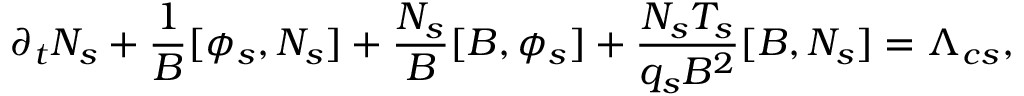
\partial _ { t } N _ { s } + \frac { 1 } { B } [ \phi _ { s } , N _ { s } ] + \frac { N _ { s } } { B } [ B , \phi _ { s } ] + \frac { N _ { s } T _ { s } } { q _ { s } B ^ { 2 } } [ B , N _ { s } ] = \Lambda _ { c s } ,